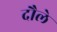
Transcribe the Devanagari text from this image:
दौले